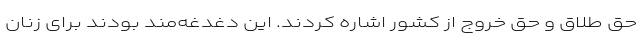
حق طلاق و حق خروج از کشور اشاره کردند. این دغدغه‌مند بودند برای زنان